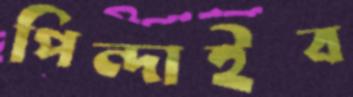
পিন্দাইব